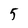
Character: 5